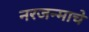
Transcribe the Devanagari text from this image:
नरजन्माचे